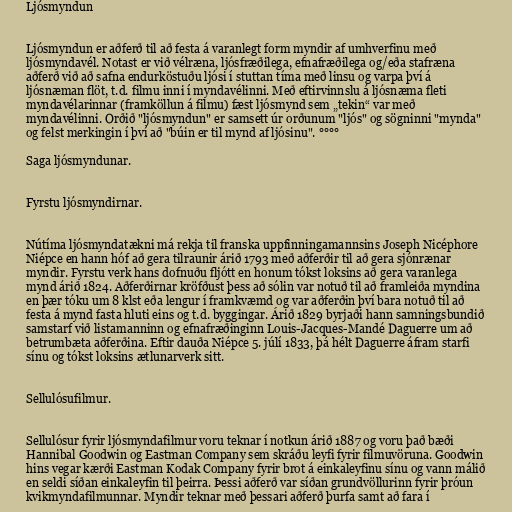
Ljósmyndun

Ljósmyndun er aðferð til að festa á varanlegt form myndir af umhverfinu með
ljósmyndavél. Notast er við vélræna, ljósfræðilega, efnafræðilega og/eða stafræna
aðferð við að safna endurköstuðu ljósi í stuttan tíma með linsu og varpa því á
ljósnæman flöt, t.d. filmu inni í myndavélinni. Með eftirvinnslu á ljósnæma fleti
myndavélarinnar (framköllun á filmu) fæst ljósmynd sem „tekin“ var með
myndavélinni. Orðið "ljósmyndun" er samsett úr orðunum "ljós" og sögninni "mynda"
og felst merkingin í því að "búin er til mynd af ljósinu". °°°°

Saga ljósmyndunar.

Fyrstu ljósmyndirnar.

Nútíma ljósmyndatækni má rekja til franska uppfinningamannsins Joseph Nicéphore
Niépce en hann hóf að gera tilraunir árið 1793 með aðferðir til að gera sjónrænar
myndir. Fyrstu verk hans dofnuðu fljótt en honum tókst loksins að gera varanlega
mynd árið 1824. Aðferðirnar kröfðust þess að sólin var notuð til að framleiða myndina
en þær tóku um 8 klst eða lengur í framkvæmd og var aðferðin því bara notuð til að
festa á mynd fasta hluti eins og t.d. byggingar. Árið 1829 byrjaði hann samningsbundið
samstarf við listamanninn og efnafræðinginn Louis-Jacques-Mandé Daguerre um að
betrumbæta aðferðina. Eftir dauða Niépce 5. júlí 1833, þá hélt Daguerre áfram starfi
sínu og tókst loksins ætlunarverk sitt.

Sellulósufilmur.

Sellulósur fyrir ljósmyndafilmur voru teknar í notkun árið 1887 og voru það bæði
Hannibal Goodwin og Eastman Company sem skráðu leyfi fyrir filmuvöruna. Goodwin
hins vegar kærði Eastman Kodak Company fyrir brot á einkaleyfinu sínu og vann málið
en seldi síðan einkaleyfin til þeirra. Þessi aðferð var síðan grundvöllurinn fyrir þróun
kvikmyndafilmunnar. Myndir teknar með þessari aðferð þurfa samt að fara í